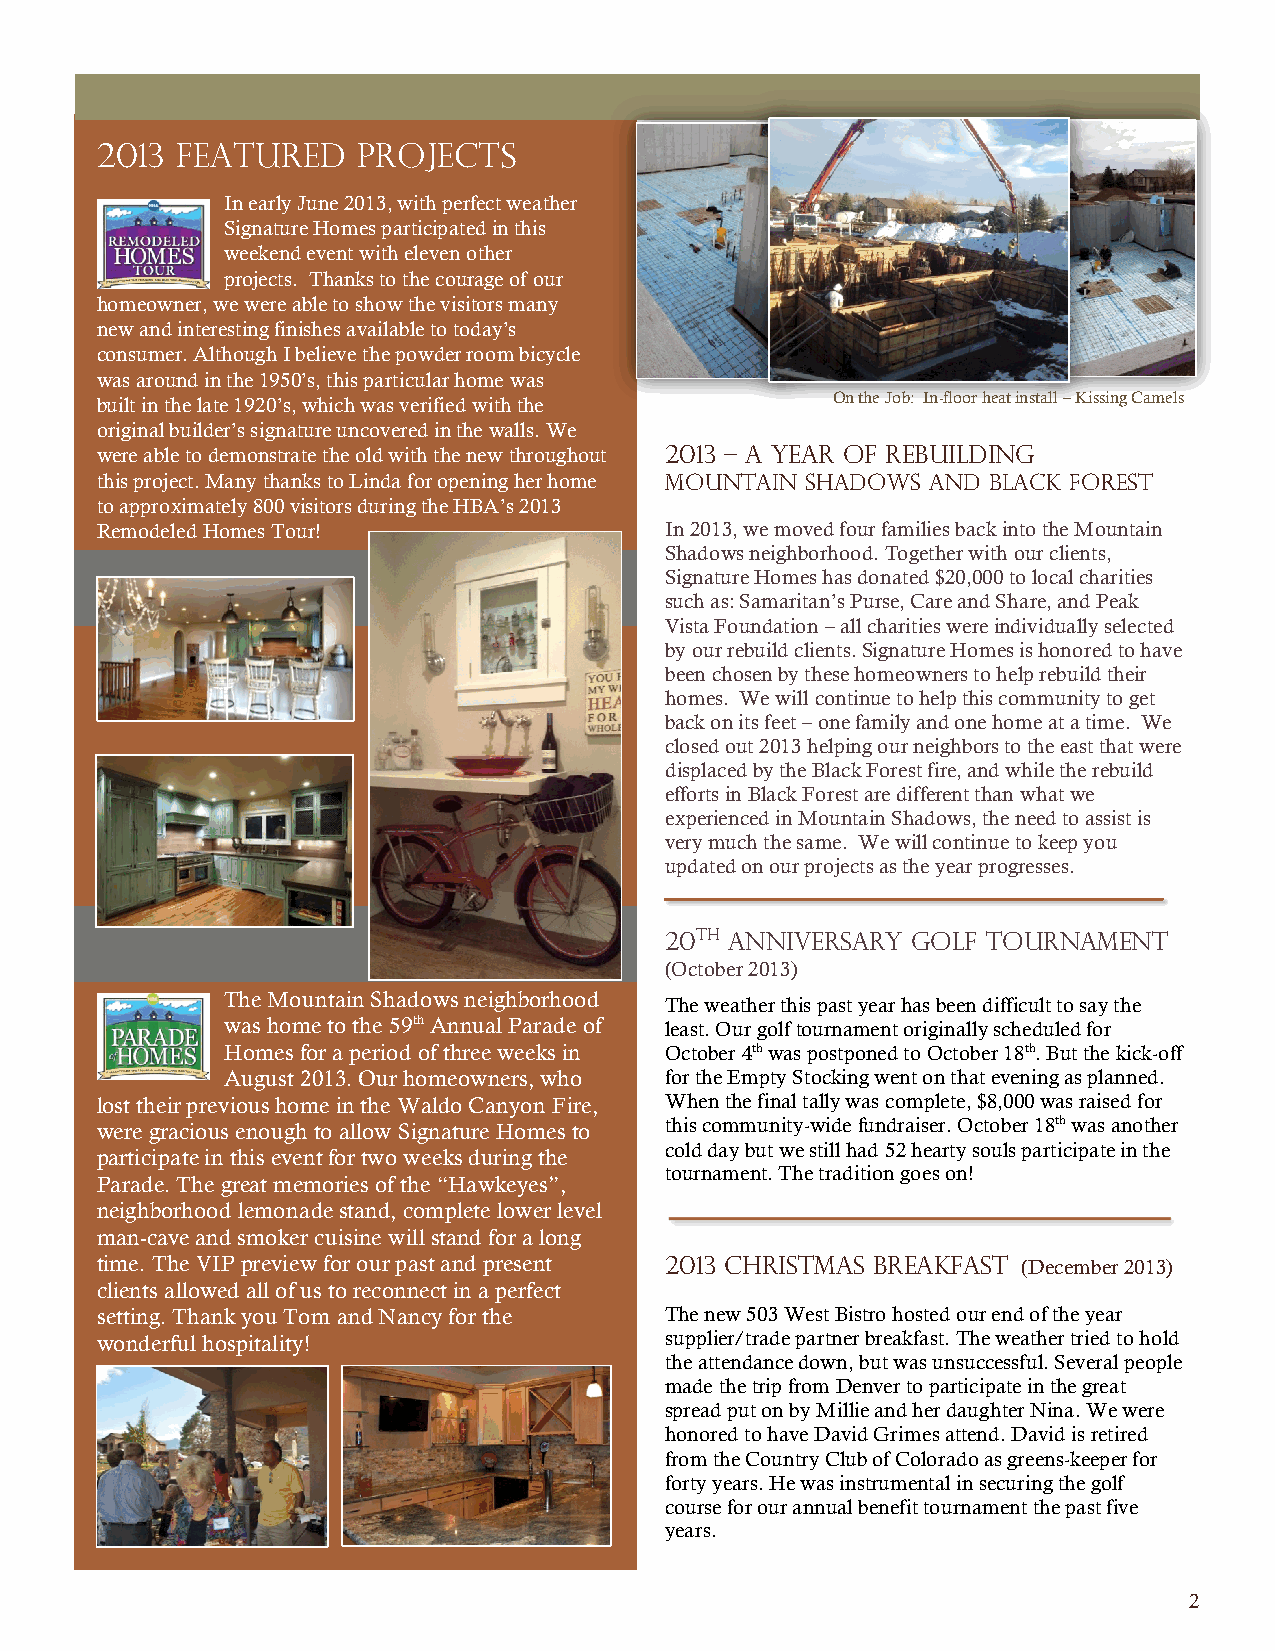
Issue #: [Date]                                                Dolor Sit Amet
 2013  Featured    Projects
 In early June 2013, with perfect weather
 Signature Homes participated in this
 weekend event with eleven other
 projects. Thanks to the courage of our
 homeowner, we were able to show the visitors many
 new and interesting finishes available to today’s
 consumer. Although I believe the powder room bicycle
 was around in the 1950’s, this particular home was
 built in the late 1920’s, which was verified with the On the Job: In-floor heat install – Kissing Camels
 original builder’s signature uncovered in the walls. We
 were able to demonstrate the old with the new throughout 2013 – A Year of Rebuilding
 this project. Many thanks to Linda for opening her home Mountain Shadows and Black Forest
 to approximately 800 visitors during the HBA’s 2013
 Remodeled Homes Tour!                 In 2013, we moved four families back into the Mountain
 Shadows neighborhood. Together with our clients,
 Signature Homes has donated $20,000 to local charities
 such as: Samaritan’s Purse, Care and Share, and Peak
 Vista Foundation – all charities were individually selected
 by our rebuild clients. Signature Homes is honored to have
 been chosen by these homeowners to help rebuild their
 homes. We will continue to help this community to get
 back on its feet – one family and one home at a time. We
 closed out 2013 helping our neighbors to the east that were
 displaced by the Black Forest fire, and while the rebuild
 efforts in Black Forest are different than what we
 experienced in Mountain Shadows, the need to assist is
 very much the same. We will continue to keep you
 updated on our projects as the year progresses.
 20th Anniversary Golf Tournament
 (October 2013)
 The Mountain Shadows neighborhood
 The weather this past year has been difficult to say the
 was home to the 59th Annual Parade of least. Our golf tournament originally scheduled for
 Homes for a period of three weeks in October 4th was postponed to October 18th. But the kick-off
 August 2013. Our homeowners, who for the Empty Stocking went on that evening as planned.
 lost their previous home in the Waldo Canyon Fire, When the final tally was complete, $8,000 was raised for
 were gracious enough to allow Signature Homes to this community-wide fundraiser. October 18th was another
 cold day but we still had 52 hearty souls participate in the
 participate in this event for two weeks during the
 tournament. The tradition goes on!
 Parade. The great memories of the “Hawkeyes”,
 neighborhood lemonade stand, complete lower level
 man-cave and smoker cuisine will stand for a long
 time. The VIP preview for our past and present 2013 Christmas Breakfast (December 2013)
 clients allowed all of us to reconnect in a perfect
 setting. Thank you Tom and Nancy for the The new 503 West Bistro hosted our end of the year
 wonderful hospitality!                supplier/trade partner breakfast. The weather tried to hold
 the attendance down, but was unsuccessful. Several people
 made the trip from Denver to participate in the great
 spread put on by Millie and her daughter Nina. We were
 honored to have David Grimes attend. David is retired
 from the Country Club of Colorado as greens-keeper for
 forty years. He was instrumental in securing the golf
 course for our annual benefit tournament the past five
 years.
 2